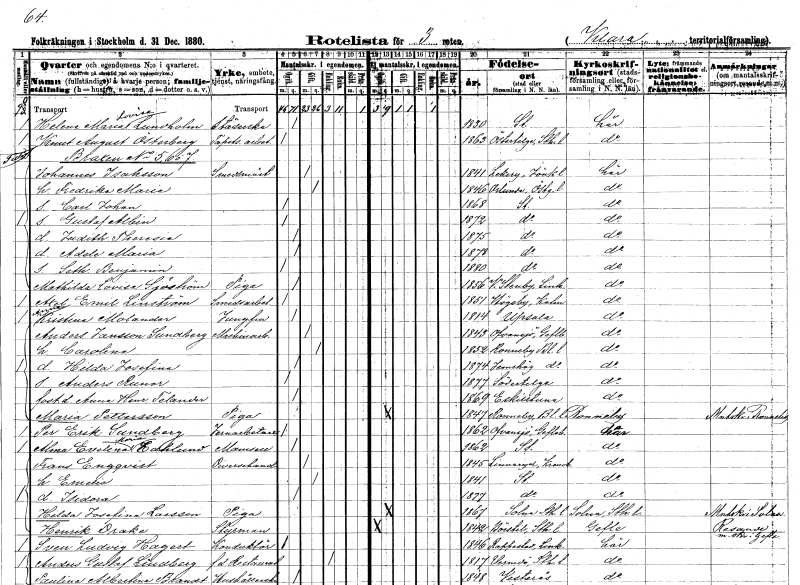
gt_parse: households: individuals: FN: Helena Maria Lovisa
EN: Lundholm
YRKE: Städerska
KON: K
CIV: O
FODAR: 1830
FODFORS: Stockholm
FN: Knut August
EN: Österberg
YRKE: Tapetseriarbetare
KON: M
CIV: O
FODAR: 1863
FODFORS: Östertälje Stockholms län
FN: Johannes
EN: Isaksson
YRKE: Smedmästare
KON: M
CIV: G
FODAR: 1841
FODFORS: Lekeryd Jönköpings län
FN: Fredrika Maria
KON: K
CIV: G
FODAR: 1846
FODFORS: Orlunda Östergötlands län
FN: Carl Johan
KON: M
CIV: O
FODAR: 1868
FODFORS: Stockholm
FN: Gustaf Albin
KON: M
CIV: O
FODAR: 1872
FODFORS: Stockholm
FN: Judith Theresia
KON: K
CIV: O
FODAR: 1875
FODFORS: Stockholm
FN: Adele Maria
KON: K
CIV: O
FODAR: 1878
FODFORS: Stockholm
FN: Seth Benjamin
KON: M
CIV: O
FODAR: 1880
FODFORS: Stockholm
FN: Mathilda Lovisa
EN: Sjöström
YRKE: Piga
KON: K
CIV: O
FODAR: 1856
FODFORS: Västra Stenby Östergötlands län
FN: Axel Emil
EN: Linström
YRKE: Smedsarbetare
KON: M
CIV: O
FODAR: 1851
FODFORS: Högsby Kalmar län
FN: Anna Kristina
EN: Molander
YRKE: Jungfru
KON: K
CIV: O
FODAR: 1814
FODFORS: Uppsala Uppsala län
FN: Anders
EN: Jansson Sundberg
YRKE: Maskinarbetare
KON: M
CIV: G
FODAR: 1843
FODFORS: Ovansjö Gävleborgs län
FN: Carolina
KON: K
CIV: G
FODAR: 1852
FODFORS: Ronneby Blekinge län
FN: Hilda Josefina
KON: K
CIV: O
FODAR: 1874
FODFORS: Jämshög Blekinge län
FN: Anders Runar
KON: M
CIV: O
FODAR: 1877
FODFORS: Södertälje Stockholms län
FN: Anna Henrietta
EN: Telander
KON: K
CIV: O
FODAR: 1869
FODFORS: Eskilstuna Södermanlands län
FN: Maria
EN: Pettersson
YRKE: Piga
KON: K
CIV: O
FODAR: 1847
FODFORS: Ronneby Blekinge län
FN: Per Erik
EN: Sundberg
YRKE: Järnarbetare
KON: M
CIV: O
FODAR: 1862
FODFORS: Ovansjö Gävleborgs län
FN: Alma Evelina Maria
EN: Edhlund
KON: K
CIV: O
FODAR: 1862
FODFORS: Stockholm
FN: Frans
EN: Engqvist
YRKE: Diversehandlare
KON: M
CIV: G
FODAR: 1845
FODFORS: Linneryd Kronobergs län
FN: Emelie
KON: K
CIV: G
FODAR: 1841
FODFORS: Stockholm
FN: Isidora
KON: K
CIV: O
FODAR: 1877
FODFORS: Stockholm
FN: Hilda Josefina
EN: Larsson
YRKE: Piga
KON: K
CIV: O
FODAR: 1867
FODFORS: Solna Stockholms län
FN: Henrik
EN: Drake
YRKE: Styrman
KON: M
CIV: O
FODAR: 1842
FODFORS: Börstil Uppsala län
FN: Sven Ludvig
EN: Hagert
YRKE: Konduktör
KON: M
CIV: O
FODAR: 1846
FODFORS: Rappestad Östergötlands län
FN: Anders Gustaf
EN: Lindberg
YRKE: Restauratör f.d.
KON: M
CIV: E
FODAR: 1817
FODFORS: Värmdö Stockholms län
FN: Paulina Albertina
EN: Brandt
YRKE: Hushållerska
KON: K
CIV: O
FODAR: 1848
FODFORS: Västerås Västmanlands län